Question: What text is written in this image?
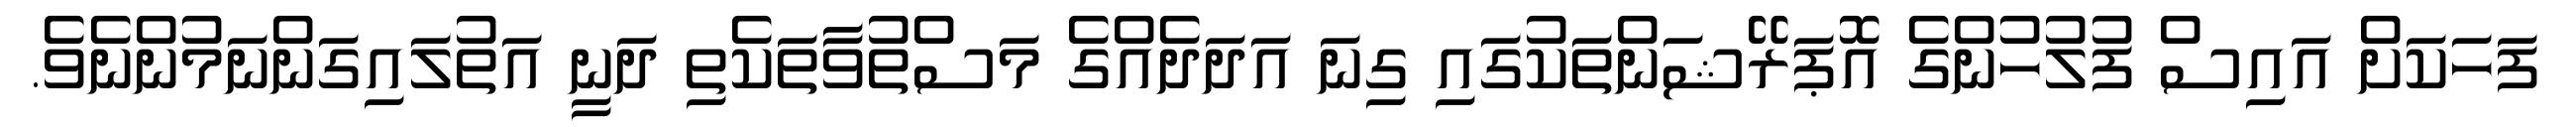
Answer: ފަހަކަށް އައިސް ފުލުހުންގެ އޮޕަރޭޝަންތަކުގައި ގިނަ އަދަދެއްގެ މަސްތުވާތަކެތި ދަނީ އަތުލައިގަންނަމުންނެވެ.